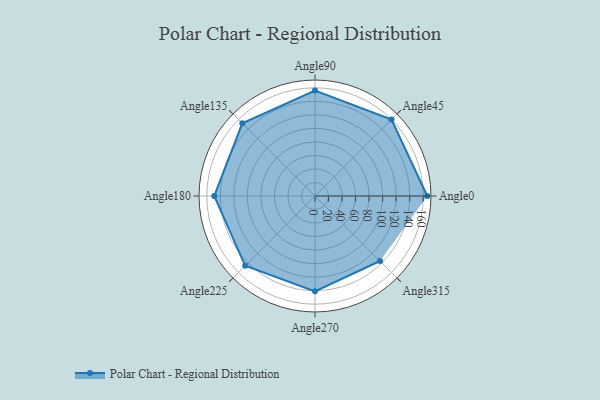
{"axis": {"x": "Angle", "y": "Radius"}, "legend": [""], "data": [{"x": "Angle0", "y": 166.0, "type": ""}, {"x": "Angle45", "y": 160.0, "type": ""}, {"x": "Angle90", "y": 156.0, "type": ""}, {"x": "Angle135", "y": 152.0, "type": ""}, {"x": "Angle180", "y": 149.0, "type": ""}, {"x": "Angle225", "y": 146.0, "type": ""}, {"x": "Angle270", "y": 141.0, "type": ""}, {"x": "Angle315", "y": 136.0, "type": ""}]}